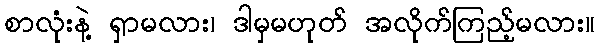
စာလုံးနဲ့ ရှာမလား၊ ဒါမှမဟုတ် အလိုက်ကြည့်မလား။